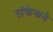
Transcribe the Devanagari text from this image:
लंकेकडे